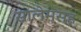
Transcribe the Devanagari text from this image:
सालेमसह